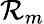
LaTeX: \mathcal{R}_{m}